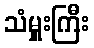
သံမှူးကြီး